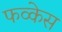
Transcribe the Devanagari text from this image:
फव्केस